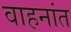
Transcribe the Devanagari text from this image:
वाहनांत